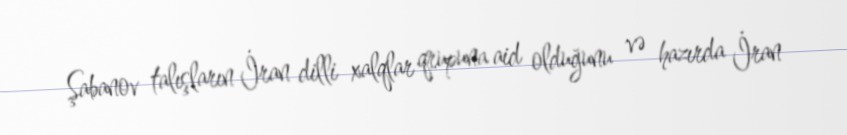
Şabanov talışların İran dilli xalqlar qrupuna aid olduğunu və hazırda İran